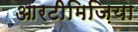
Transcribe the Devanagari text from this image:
आरटीमिज़िया